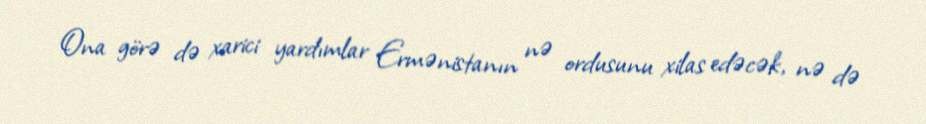
Ona görə də xarici yardımlar Ermənistanın nə ordusunu xilas edəcək, nə də